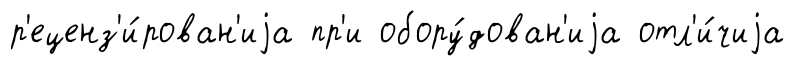
р'еценз'и́рован'иjа пр'и обору́дован'иjа отл'и́чиjа